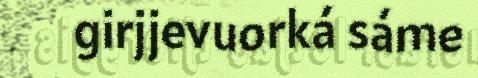
girjjevuorká sáme